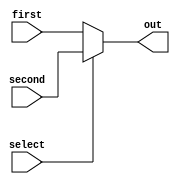
module Mux(first, second, select, out);

	parameter n=64;
	input [n-1:0] first, second;
	input select;
	output [n-1:0] out;
	assign out = (select == 0) ? first : second;

endmodule